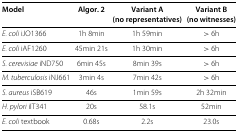
<table><thead><tr><td><b>Model</b></td><td><b>Algor. 2</b></td><td><b>Variant A</b></td><td><b>Variant B</b></td></tr><tr><td></td><td></td><td><b>(no representatives)</b></td><td><b>(no witnesses)</b></td></tr></thead><tbody><tr><td><i>E. coli</i> iJO1366</td><td>1h 8min</td><td>1h 59min</td><td>&gt; 6h</td></tr><tr><td><i>E. coli</i> iAF1260</td><td>45min 21s</td><td>1h 30min</td><td>&gt;6h</td></tr><tr><td><i>S. cerevisiae</i> iND750</td><td>6min 45s</td><td>8min 39s</td><td>&gt; 6h</td></tr><tr><td><i>M. tuberculosis</i> iNJ661</td><td>3min 4s</td><td>7min 42s</td><td>&gt; 6h</td></tr><tr><td><i>S. aureus</i> iSB619</td><td>46s</td><td>1min 59s</td><td>2h 32min</td></tr><tr><td><i>H. pylori</i> iIT341</td><td>20s</td><td>58.1s</td><td>52min</td></tr><tr><td><i>E. coli</i> textbook</td><td>0.68s</td><td>2.2s</td><td>23.0s</td></tr></tbody></table>